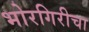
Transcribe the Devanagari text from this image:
भोरगिरीचा